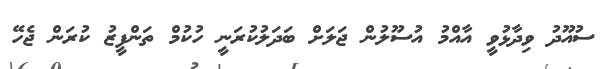
ސުއޫދު ވިދާޅުވީ އާއްމު އުސޫލުން ޖަލަށް ބަދަލުކުރަނީ ހުކުމް ތަންފީޒު ކުރަން ޖެހޭ